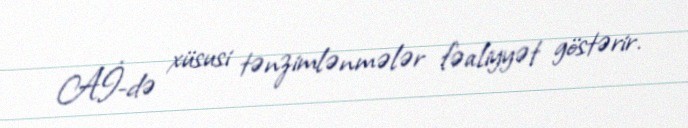
Aİ-də xüsusi tənzimlənmələr fəaliyyət göstərir.